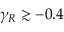
\gamma _ { R } \gtrsim - 0 . 4